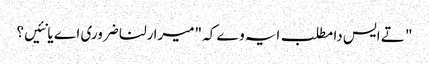
" تے ایس دا مطلب ایہ وے کہ "میرا رلنا ضروری اے یا نئیں؟